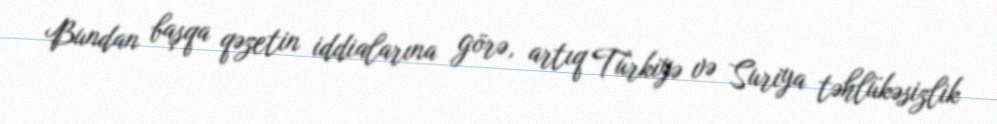
Bundan başqa qəzetin iddialarına görə, artıq Türkiyə və Suriya təhlükəsizlik